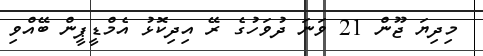
މިދިޔަ ޖޫން 21 ވަނަ ދުވަހުގެ ރޭ އިދިކޮޅު އެމްޑީޕީން ބޭއްވި